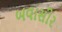
બવાસીર